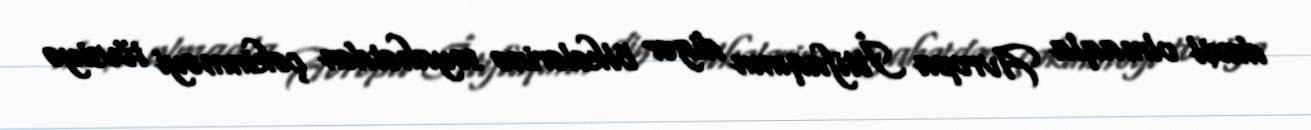
daxil olmaqla Avropa İttifaqının digər ölkələrinə səyahətdən çəkinməyi tövsiyə